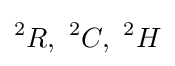
^{2}R,\ ^{2}C,\ ^{2}H